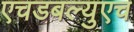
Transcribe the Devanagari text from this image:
एचडबल्युएच